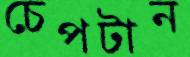
চেপটান